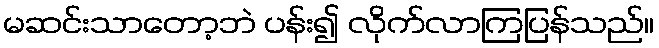
မဆင်းသာတော့ဘဲ ပန်း၍ လိုက်လာကြပြန်သည်။